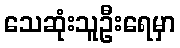
သေဆုံးသူဦးရေမှာ